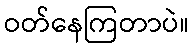
ဝတ်နေကြတာပဲ။